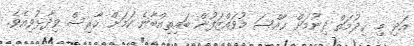
އަދި މި ޚިދުމަތް ދިނުމަށް ޚާއްސަ މުވައްޒަފުން ބައިތިއްބާނެ ކަމަށް ހާރިސް ވިދާޅުވިއެވެ.